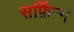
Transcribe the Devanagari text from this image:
सर्फ़िन्ग